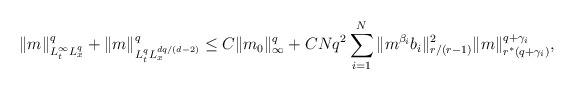
\begin{align*}\|m\|_{L_t^\infty L_x^q}^q + \|m\|_{L_t^q L_x^{dq/(d-2)}}^q \leq C\|m_0\|_\infty^q + CNq^2\sum_{i=1}^{N}\|m^{\beta_i}b_i\|_{r/(r-1)}^2 \|m\|_{r^*(q+\gamma_i)}^{q+\gamma_i},\end{align*}